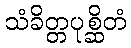
သံခိတ္တပုစ္ဆိတံ